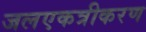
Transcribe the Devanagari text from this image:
जलएकत्रीकरण